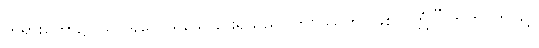
တရားတော်၌။ သဂါရဝေါ၊ ရိုသေခြင်းရှိသည်။ ဘဝိဿတိ၊ ဖြစ်လတ္တံ့။” ဣတိ၊ ဤသို့။